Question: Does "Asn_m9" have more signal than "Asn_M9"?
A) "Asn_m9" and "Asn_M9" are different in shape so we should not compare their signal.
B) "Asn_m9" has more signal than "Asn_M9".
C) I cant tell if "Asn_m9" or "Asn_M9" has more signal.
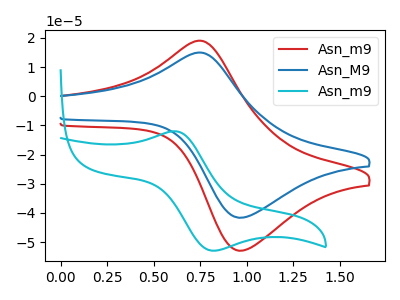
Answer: <think>The red curve "Asn_m9" has an anodic peak at (0.75V, 19.00uA) and a cathodic peak at (0.95V, -52.95uA). The blue curve "Asn_M9" has an anodic peak at (0.75V, 14.95uA) and a cathodic peak at (0.95V, -41.65uA). The cyan curve "Asn_m9" has an anodic peak at (0.60V, -12.00uA) and a cathodic peak at (0.80V, -52.95uA).
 All the peaks in "Asn_m9" have a peak in "Asn_M9" at the same potential. Every peak in "Asn_m9" is higher than every peak in "Asn_M9".</think>
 <answer>B) "Asn_m9" has more signal than "Asn_M9".</answer>
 <eval>B</eval>